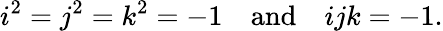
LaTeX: i^{2}=j^{2}=k^{2}=-1\quad\mathrm{and}\quad ijk=-1.